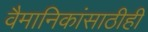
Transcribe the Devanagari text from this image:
वैमानिकांसाठीही